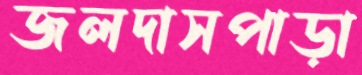
জলদাসপাড়া